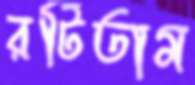
রটিতাম